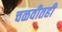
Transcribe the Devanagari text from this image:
चळवीतही